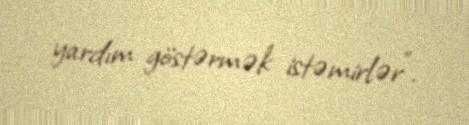
yardım göstərmək istəmirlər”.